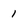
Character: 1